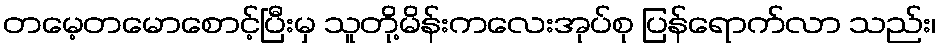
တမေ့တမောစောင့်ပြီးမှ သူတို့မိန်းကလေးအုပ်စု ပြန်ရောက်လာ သည်း၊